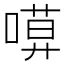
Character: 𠻶